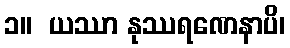
၁။  ယဿာ နုဿရဏေနာပိ၊